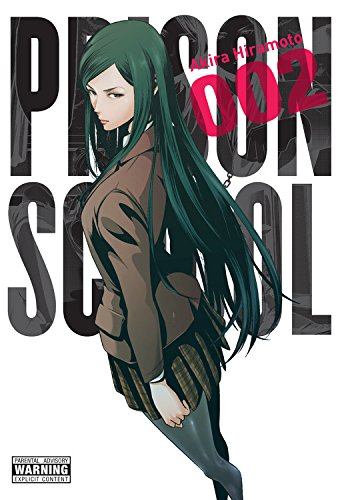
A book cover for Prison School, Vol. 2; Akira Hiramoto; Comics & Graphic Novels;